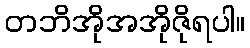
တဘိအိုအအိုဇိုရပါ။